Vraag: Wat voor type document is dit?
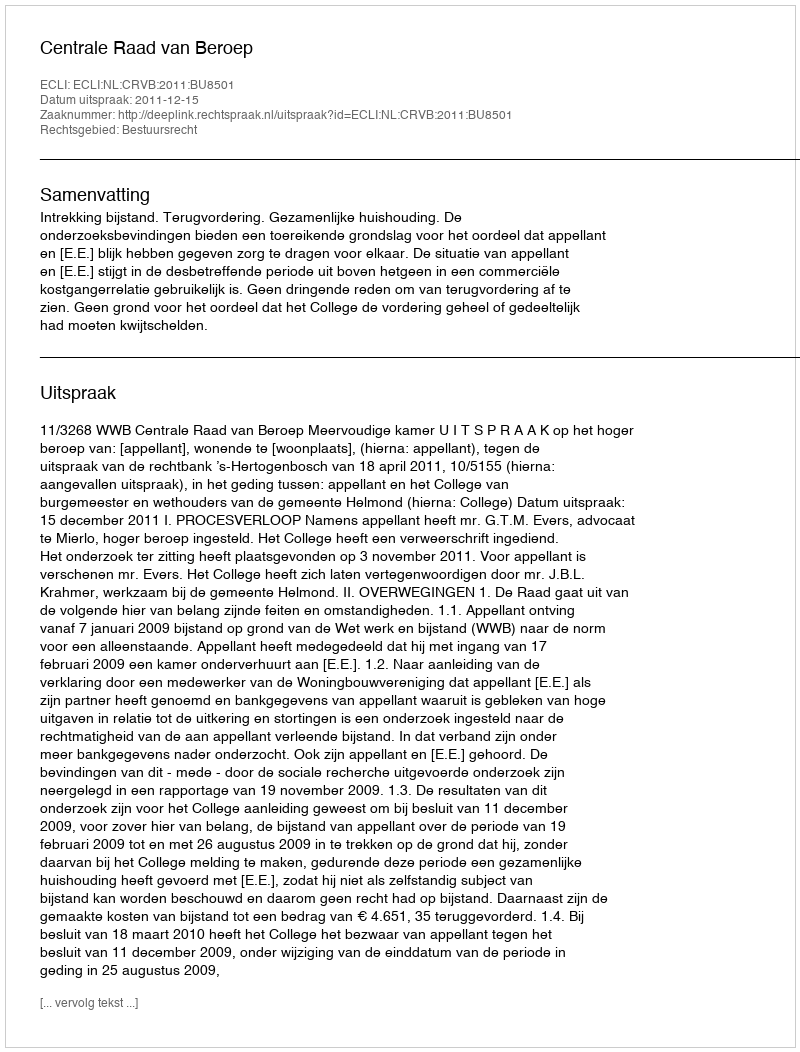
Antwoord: Uitspraak